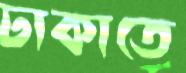
ঢাকাতে